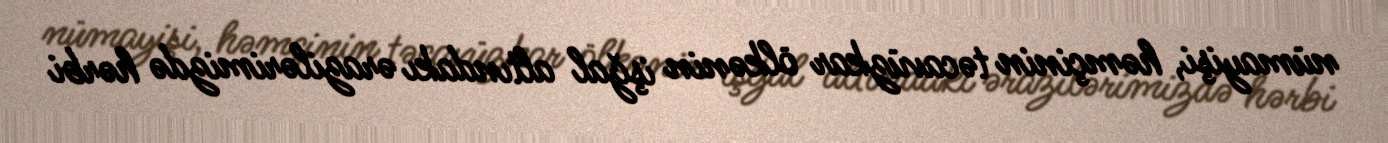
nümayişi, həmçinin təcavüzkar ölkənin işğal altındakı ərazilərimizdə hərbi